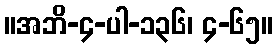
။အဘိ-၄-ပါ-၁၃၆၊ ၄-၆၅။